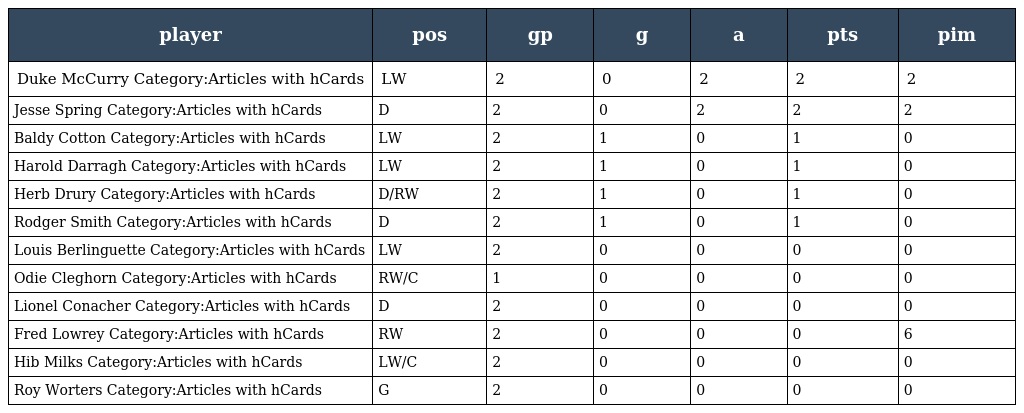
| player | pos | gp | g | a | pts | pim |
 | --- | --- | --- | --- | --- | --- | --- |
 | Duke McCurry Category:Articles with hCards | LW | 2 | 0 | 2 | 2 | 2 |
 | Jesse Spring Category:Articles with hCards | D | 2 | 0 | 2 | 2 | 2 |
 | Baldy Cotton Category:Articles with hCards | LW | 2 | 1 | 0 | 1 | 0 |
 | Harold Darragh Category:Articles with hCards | LW | 2 | 1 | 0 | 1 | 0 |
 | Herb Drury Category:Articles with hCards | D/RW | 2 | 1 | 0 | 1 | 0 |
 | Rodger Smith Category:Articles with hCards | D | 2 | 1 | 0 | 1 | 0 |
 | Louis Berlinguette Category:Articles with hCards | LW | 2 | 0 | 0 | 0 | 0 |
 | Odie Cleghorn Category:Articles with hCards | RW/C | 1 | 0 | 0 | 0 | 0 |
 | Lionel Conacher Category:Articles with hCards | D | 2 | 0 | 0 | 0 | 0 |
 | Fred Lowrey Category:Articles with hCards | RW | 2 | 0 | 0 | 0 | 6 |
 | Hib Milks Category:Articles with hCards | LW/C | 2 | 0 | 0 | 0 | 0 |
 | Roy Worters Category:Articles with hCards | G | 2 | 0 | 0 | 0 | 0 |